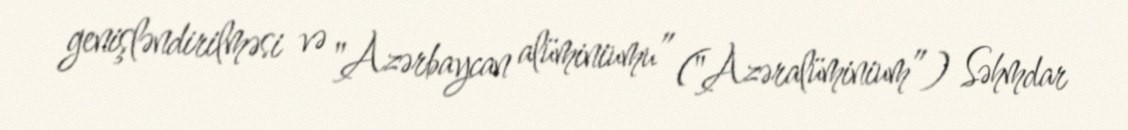
genişləndirilməsi və "Azərbaycan alüminiumu” ("Azəralüminium”) Səhmdar